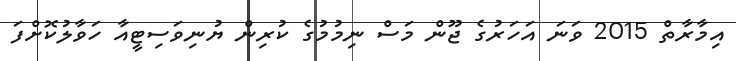
އިމާރާތް 2015 ވަނަ އަހަރުގެ ޖޫން މަސް ނިމުމުގެ ކުރިން ޔުނިވަސިޓީއާ ހަވާލުކޮށްފަ